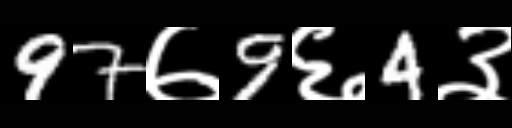
Text: 97७9६4३